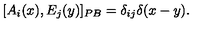
[ A _ { i } ( x ) , E _ { j } ( y ) ] _ { P B } = \delta _ { i j } \delta ( x - y ) .